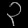
Digit: ၃